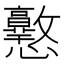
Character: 𢥲